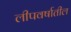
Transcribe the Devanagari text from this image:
लीपवर्षातील